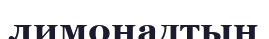
лимонадтың